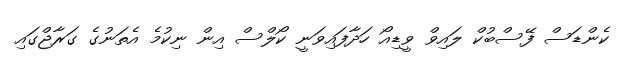
ކެންޑަސް ފޭސްބުކް ލައިވް ވީޑިއޯ ހަދާފައިވަނީ ކޯލްސް އިން ނިކުމެ އެތަނުގެ ގަރާޖްގައި